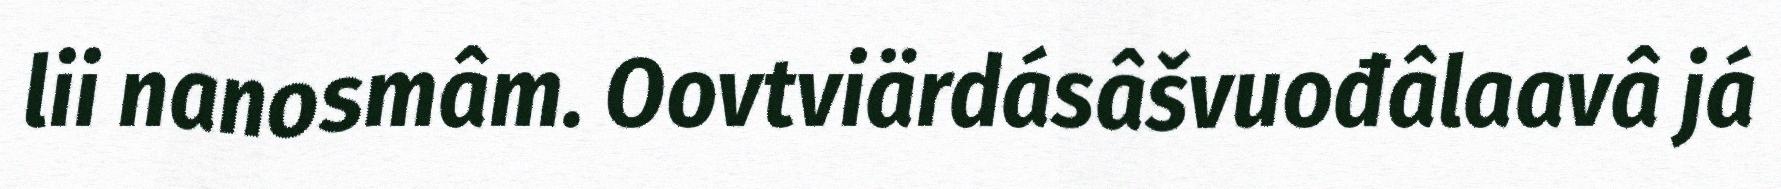
lii nanosmâm. Oovtviärdásâšvuođâlaavâ já